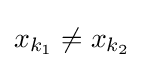
x_{k_{1}}\neq x_{k_{2}}